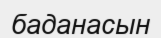
баданасын